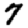
Digit: 7